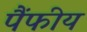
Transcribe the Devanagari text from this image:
पैंफीय